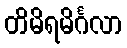
တိမိရမိင်္ဂလာ